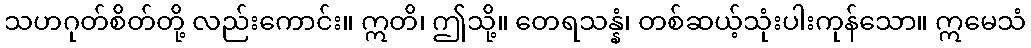
သဟဂုတ်စိတ်တို့ လည်းကောင်း။ ဣတိ၊ ဤသို့။ တေရသန္နံ၊ တစ်ဆယ့်သုံးပါးကုန်သော။ ဣမေသံ